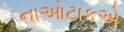
નાઓટાકએ